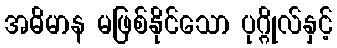
အဓိမာန မဖြစ်နိုင်သော ပုဂ္ဂိုလ်နှင့်